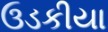
ઉડકીયા